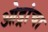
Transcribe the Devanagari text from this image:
ओड्रांचा